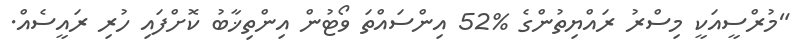
"މުރްސީއަކީ މިސްރު ރައްޔިތުންގެ %52 އިންސައްތަ ވޯޓުން އިންތިޚާބު ކޮށްފައި ހުރި ރައީސެއް.